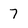
Character: 7